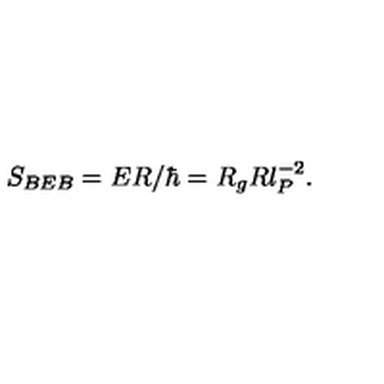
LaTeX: S _ { B E B } = E R / \hbar = R _ { g } R l _ { P } ^ { - 2 } .